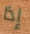
إذا